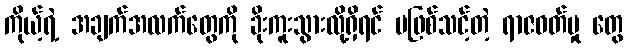
ကိုယ့်ရဲ့ အချက်အလက်တွေကို ခိုးကူးသွားလို့ရှိရင် မဖြစ်သင့်တဲ့ ရာဇဝတ်မှု တွေ